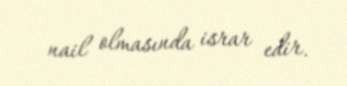
nail olmasında israr edir.